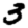
Digit: 3